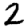
Digit: 2